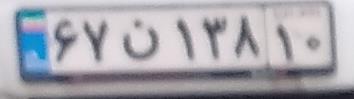
۶۷ن۱۳۸۱۰